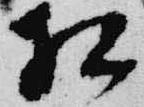
相